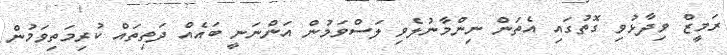
ރަމީޒް ވިދާޅުވި ގޮތުގައި އެތަން ނިންމާނުލެވި ލަސްވަމުން އަންނަނީ ބައެއް ދަތިތައް ކުރިމަތިވަމުން